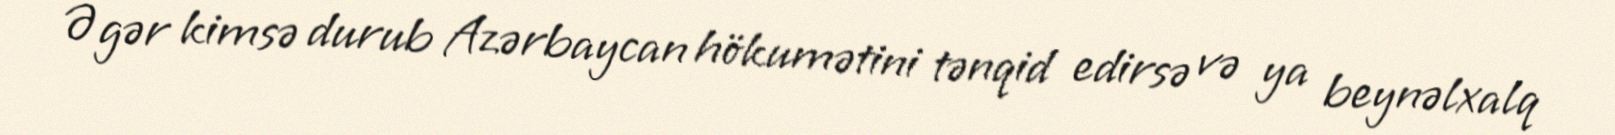
Əgər kimsə durub Azərbaycan hökumətini tənqid edirsə və ya beynəlxalq